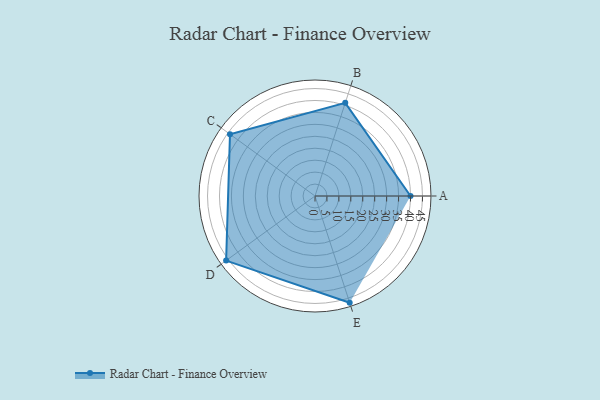
{"axis": {"x": "Skill", "y": "Score"}, "legend": ["Profile"], "data": [{"x": "A", "y": 40.0, "type": "Profile"}, {"x": "B", "y": 41.0, "type": "Profile"}, {"x": "C", "y": 44.0, "type": "Profile"}, {"x": "D", "y": 46.0, "type": "Profile"}, {"x": "E", "y": 47.0, "type": "Profile"}]}